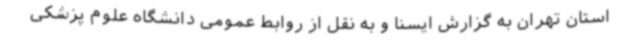
استان تهران به گزارش ایسنا و به نقل از روابط عمومی دانشگاه علوم پزشکی